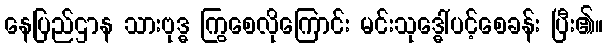
နေပြည်ဌာန သားဗုဒ္ဓ ကြွစေလိုကြောင်း မင်းသုဒ္ဓေါ်ပင့်စေခန်း ပြီး၏။